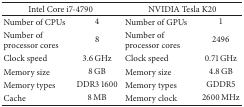
<table><thead><tr><td colspan="2"><b>Intel Core i7-4790</b></td><td colspan="2"><b>NVIDIA Tesla K20</b></td></tr></thead><tbody><tr><td>Number of CPUs</td><td>4</td><td>Number of GPUs</td><td>1</td></tr><tr><td>Number of processor cores</td><td>8</td><td>Number of processor cores</td><td>2496</td></tr><tr><td>Clock speed</td><td>3.6 GHz</td><td>Clock speed</td><td>0.71 GHz</td></tr><tr><td>Memory size</td><td>8 GB</td><td>Memory size</td><td>4.8 GB</td></tr><tr><td>Memory types</td><td>DDR3 1600</td><td>Memory types</td><td>GDDR5</td></tr><tr><td>Cache</td><td>8 MB</td><td>Memory clock</td><td>2600 MHz</td></tr></tbody></table>